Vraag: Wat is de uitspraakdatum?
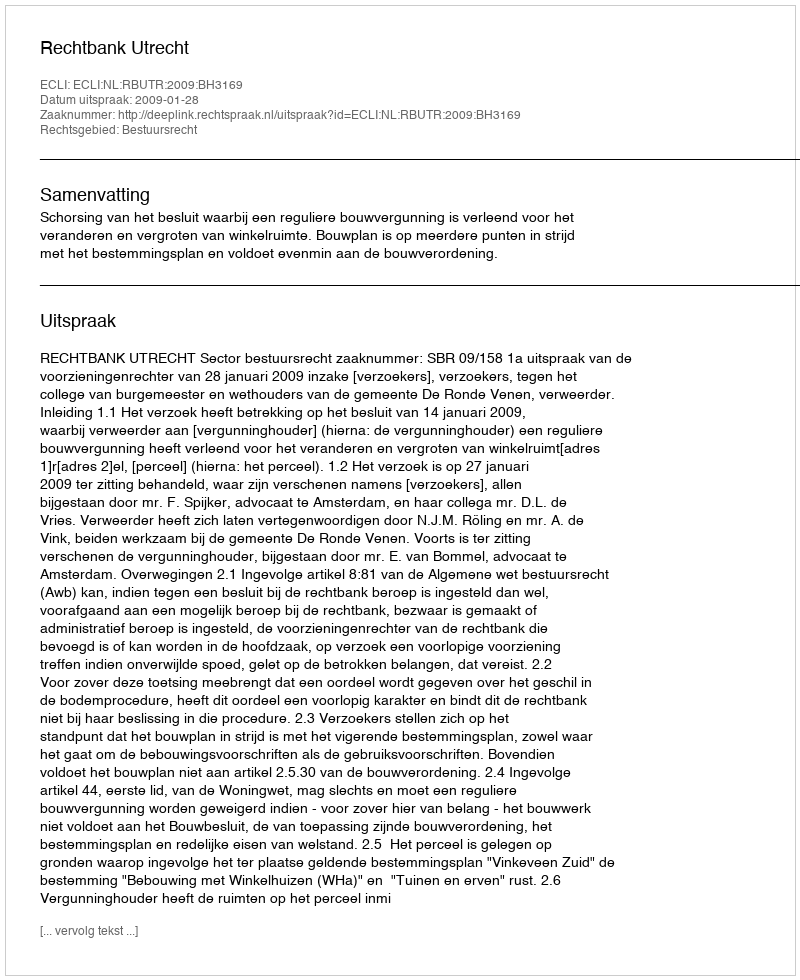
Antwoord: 2009-01-28